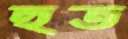
হুত